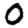
Digit: 0